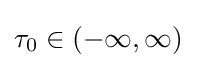
\tau _{0}\in (-\infty ,\infty )